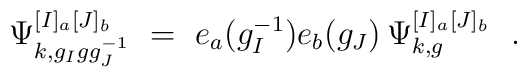
\Psi_{k,g_Igg_J^{-1}}^{[I]_a[J]_b}\ = \ e_a(g_I^{-1})        e_b(g_J) \,  \Psi_{k,g}^{[I]_a[J]_b}\ \ .